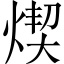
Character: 𤋸